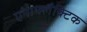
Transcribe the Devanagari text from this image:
एनाफ्लैक्टिक